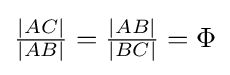
{\tfrac {|AC|}{|AB|}}={\tfrac {|AB|}{|BC|}}=\Phi